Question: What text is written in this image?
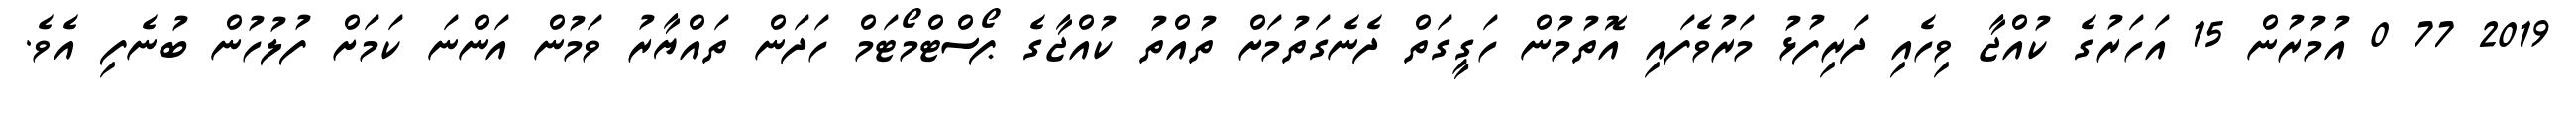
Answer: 2019 77 0 އުމުރުން 15 އަހަރުގެ ކުއްޖާ ވިހެއި ދަރިފުޅު މަރުވެފައި އޮތުމުން ހަގީގަތް ދެނެގަތުމަށް ތުއްތު ކުއްޖާގެ ޕޯސްޓްމޯޓަމް ހަދަން ތައްޔާރު ވަމުން އަންނަ ކަމަށް ފުލުހުން ބުނެފި އެވެ.